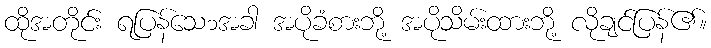
ထိုအတိုင်း ရပြန်သေ၁အခါ အပိုခံစားဘို့ အပိုသိမ်းထားဘို့ လိုချင်ပြန်၏။